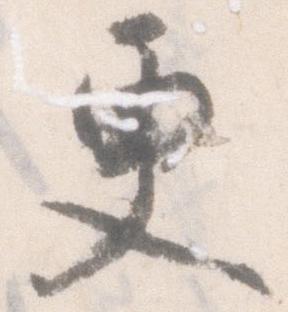
更